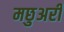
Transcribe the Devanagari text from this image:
मछुअरी